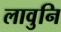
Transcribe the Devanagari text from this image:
लावुनि